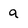
Character: a